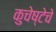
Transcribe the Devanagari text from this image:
कुचेष्टेचे